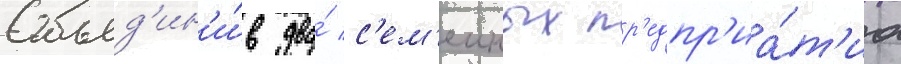
Объед'ин'и́в два́ с'ем'еиных пр'едпр'иа́т'иа